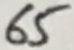
Text: 65